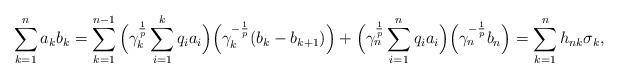
LaTeX: \begin{align*}{}\displaystyle\sum_{k=1}^{n}a_kb_k& = \sum_{k=1}^{n-1}\Big(\gamma_k^{\frac{1}{p}}\sum_{i=1}^{k}q_ia_i\Big)\Big(\gamma_k^{-\frac{1}{p}}(b_k-b_{k+1})\Big) + \Big(\gamma_n^{\frac{1}{p}}\sum_{i=1}^{n}q_ia_i\Big)\Big(\gamma_n^{-\frac{1}{p}}b_n\Big) = \displaystyle\sum_{k=1}^{n} h_{nk}\sigma_k,\end{align*}